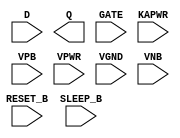
module sky130_fd_sc_lp__srdlrtp (
    //# {{data|Data Signals}}
    input  D      ,
    output Q      ,

    //# {{control|Control Signals}}
    input  RESET_B,

    //# {{clocks|Clocking}}
    input  GATE   ,

    //# {{power|Power}}
    input  SLEEP_B,
    input  KAPWR  ,
    input  VPB    ,
    input  VPWR   ,
    input  VGND   ,
    input  VNB
);
endmodule